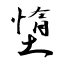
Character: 墯